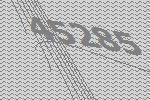
45285